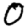
Digit: 0